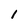
Character: 1